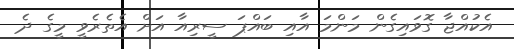
އެކުއްޖާ ގޮވައިގެން މަންމަ އާއި ބައްޕަ ސީރިއާ އަށް އެތެރެވީ މީގެ ދެ